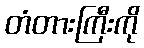
တံတားကြီးကို